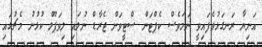
އަނިޔާ ރަނގަޅުވެފައިވީ ނަމަވެސް ކެޕްޓަން ސްޓީވަން ޖެރާޑް ނުލައި ލިވަޕޫލް ކުޅުނު މެޗުގައި